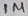
Text: 1M